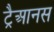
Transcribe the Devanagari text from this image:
ट्रैआनस